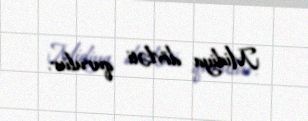
Midiya dövləti qurulur.